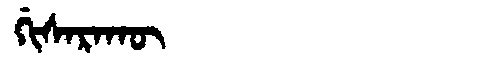
Manchu: ᡤᡳᠰᠠᡵᠠᡴᡡ
Romanization: GISARAKŪ